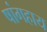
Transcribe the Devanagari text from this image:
षांगहाय